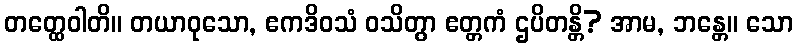
တတ္ထေဝါတိ။ တယာဝုသော, ဧကဒိဝသံ ဝသိတွာ ဧတ္တကံ ဌပိတန္တိ? အာမ, ဘန္တေ။ သော